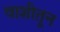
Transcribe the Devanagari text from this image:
वाशीतून